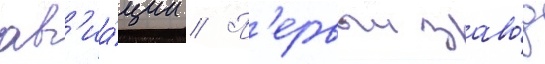
ав'иа́ции // П'ервыи заво́д